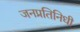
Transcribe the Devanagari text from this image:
जनप्रतिनिधी